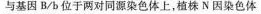
与基因B/b位于两对同源染色体上，植株N因染色体